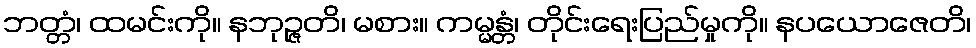
ဘတ္တံ၊ ထမင်းကို။ နဘုဉ္ဇတိ၊ မစား။ ကမ္မန္တံ၊ တိုင်းရေးပြည်မှုကို။ နပယောဇေတိ၊